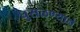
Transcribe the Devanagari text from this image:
घुसळण्याने